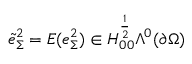
\tilde { e } _ { \Sigma } ^ { 2 } = E ( e _ { \Sigma } ^ { 2 } ) \in H _ { 0 0 } ^ { \frac { 1 } { 2 } } \Lambda ^ { 0 } ( \partial \Omega )